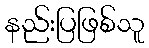
နည်းပြဖြစ်သူ